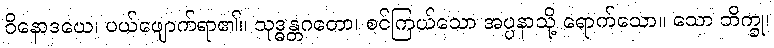
ဝိနောဒယေ၊ ပယ်ဖျောက်ရာ၏။ သုဒ္ဓန္တဂတော၊ စင်ကြယ်သော အပ္ပနာသို့ ရောက်သော။ သော ဘိက္ခု၊